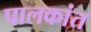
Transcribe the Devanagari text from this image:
पालकांत